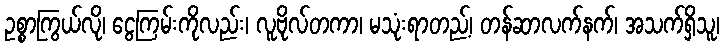
ဥစ္စာကြွယ်လို၊ ငွေကြမ်းကိုလည်း၊ လူဗိုလ်တကာ၊ မသုံးရာတည့်၊ တန်ဆာလက်နက်၊ အသက်ရှိသူ၊